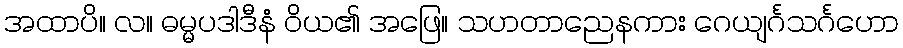
အထာပိ။ လ။ ဓမ္မပဒါဒီနံ ဝိယ၏ အဖြေ။ သဟတာညေနကား ဂေယျင်္ဂသင်္ဂဟော